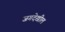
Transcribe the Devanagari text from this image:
जगदेखील